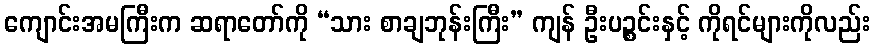
ကျောင်းအမကြီးက ဆရာတော်ကို “သား စာချဘုန်းကြီး” ကျန် ဦးပဉ္စင်းနှင့် ကိုရင်များကိုလည်း